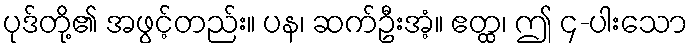
ပုဒ်တို့၏ အဖွင့်တည်း။ ပန၊ ဆက်ဦးအံ့။ ဧတ္ထ၊ ဤ ၄-ပါးသော